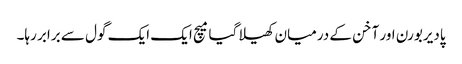
پادیربورن اور آخن کے درمیان کھیلا گیا میچ ایک ایک گول سے برابر رہا۔